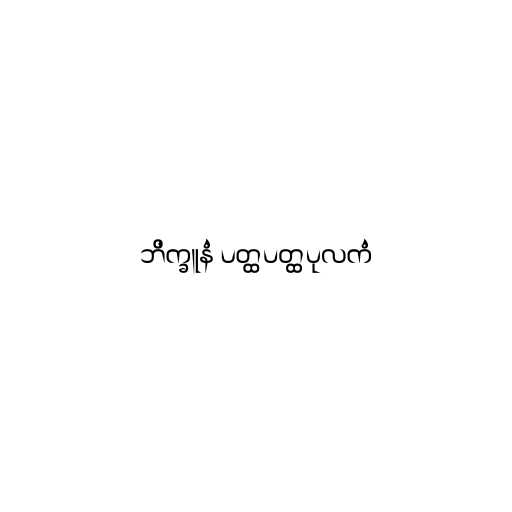
ဘိက္ခူနံ ပတ္ထပတ္ထပုလကံ